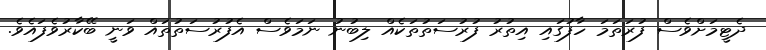
ދެޓީމަށްވެސް ފުރަތަމަ ހާފުގައި އިތުރު ފުރުސަތުތަކެއް ލިބުނު ނަމަވެސް އެފުރުސަތުތައް ވަނީ ބޭކާރުވެފައެވެ.